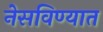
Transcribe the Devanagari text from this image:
नेसविण्यात